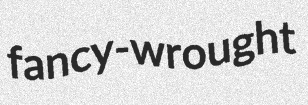
fancy-wrought